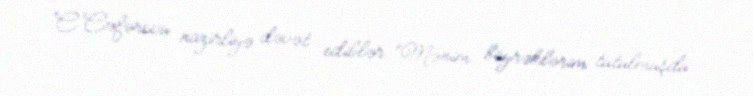
C.Cəfərovu nazirliyə dəvət ediblər: “Mənim böyrəklərim tutulmuşdu.